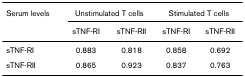
<table><thead><tr><td><b>Serum levels</b></td><td colspan="2"><b>Unstimulated T cells</b></td><td colspan="2"><b>Stimulated T cells</b></td></tr><tr><td></td><td><b>sTNF-RI</b></td><td><b>sTNF-RII</b></td><td><b>sTNF-RI</b></td><td><b>sTNF-RII</b></td></tr></thead><tbody><tr><td>sTNF-RI</td><td>0.883</td><td>0.818</td><td>0.858</td><td>0.692</td></tr><tr><td>sTNF-RII</td><td>0.865</td><td>0.923</td><td>0.837</td><td>0.763</td></tr></tbody></table>